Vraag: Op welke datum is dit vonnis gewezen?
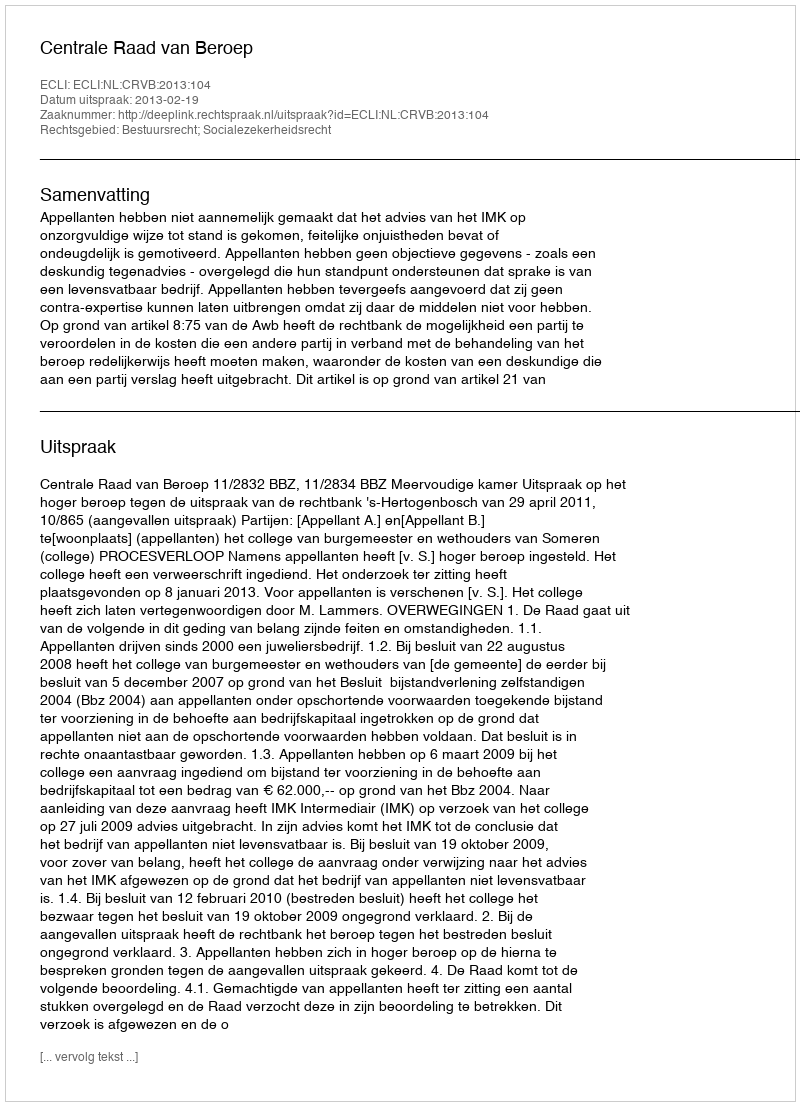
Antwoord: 2013-02-19